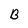
Character: B